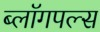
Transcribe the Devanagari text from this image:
ब्लॉगपल्स